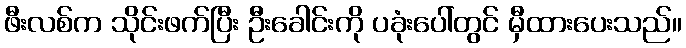
ဖီးလစ်က သိုင်းဖက်ပြီး ဦးခေါင်းကို ပခုံးပေါ်တွင် မှီထားပေးသည်။